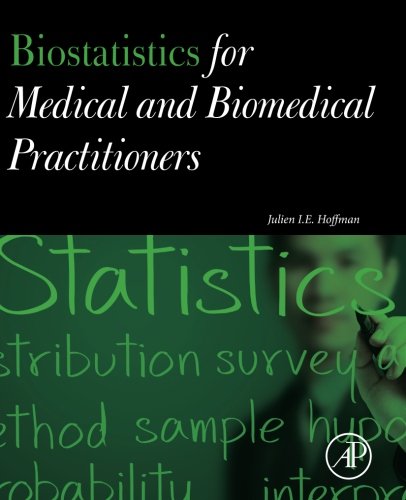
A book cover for Biostatistics for Medical and Biomedical Practitioners; Julien I. E. Hoffman MD  FRCP; Medical Books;